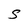
Character: S